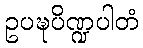
ဥပဍ္ဎပိဏ္ဍပါတံ